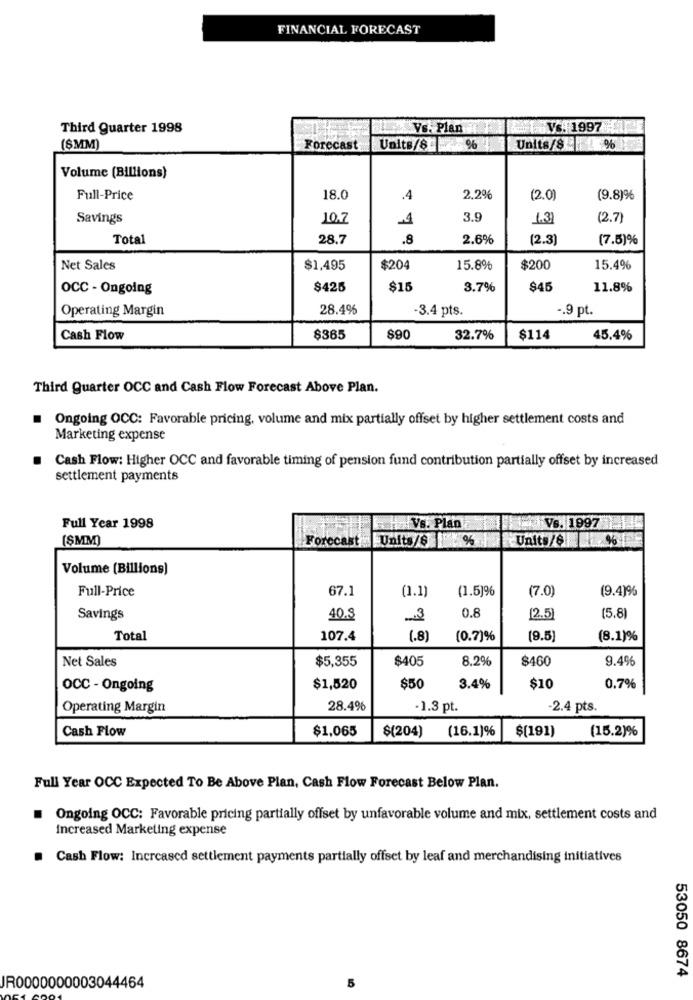
FINANCIAL FORECAST
Third Quarter 1998
Vs. Plan
Vs: 1997
(ŞMM)
Forecast
Units/8%
Units/8 %
Volume (Billions)
Full-Price
18.0
.4
2,2%
(2.0)
(9.8)%
Savings
10.7
.4
3.9
1.31
(2.7)
Total
28.7
.8
2.6%
(2.3)
(7.5)%
Net Sales
$1.495
$204
15.8%
$200
15.4%
OCC - Ongoing
$425
$15
3.7%
$45
11.8%
Operating Margin
28.4%
-3.4 pts.
-. 9 pt.
Cash Flow
$365
$90
32.7%
$114
45.4%
Third Quarter OCC and Cash Flow Forecast Above Plan.
Ongoing OCC: Favorable pricing, volume and mix partially offset by higher settlement costs and
Marketing expense
Cash Flow: Higher OCC and favorable timing of pension fund contribution partially offset by increased
settlement payments
Vs. Plan
Full Year 1998
Vs. 1997|
(SMM)
Forecast Units/8 %
Units/6 %
Volume (Billions)
Full-Price
67.1
(1.1)
(1.5)96
(7.0)
(9.4)%
0.8
Savings
40.8
3
(2.5)
(5.8)
Total
107.4
(.8)
(0.7)%
(9.5)
(8.1)%
Net Sales
$5,355
$405
8.2%
$460
9.4%
OCC - Ongoing
$1,520
$50
3.4%
$10
0.7%
Operating Margin
28.4%
-1.3 pt.
2.4 pts.
Cash Flow
$1,065
$(204)
(16.1)%
(15.2)%
$(191)
Full Year OCC Expected To Be Above Plan, Cash Flow Forecast Below Plan.
Ongoing OCC: Favorable pricing partially offset by unfavorable volume and mix, settlement costs and
Increased Marketing expense
Cash Flow: Increased settlement payments partially offset by leaf and merchandising initiatives
53050 8674
JR0000000003044464
5